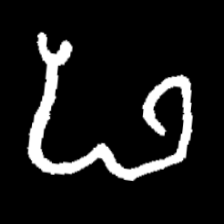
Pyu character \u2014 Myanmar letter: ဖ (romanized: pha)